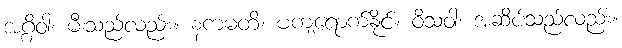
အဂ္ဂိဝါ၊ မီးသည်လည်း။ နကမတိ၊ မကျရောက်နိုင်။ ဝိသံဝါ၊ အဆိပ်သည်လည်း။